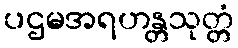
ပဌမအရဟန္တသုတ္တံ